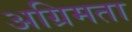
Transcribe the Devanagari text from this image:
अग्रिमता